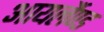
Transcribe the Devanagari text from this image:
आयर्लैण्ड